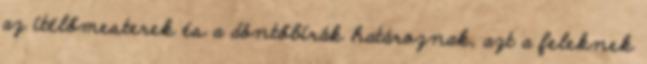
az ítélőmesterek és a döntőbírák határoznak, azt a feleknek